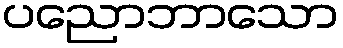
ပညောဘာသော